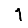
Digit: 1